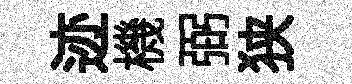
迹機弼狭